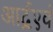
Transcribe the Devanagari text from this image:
आर्द्रएवं